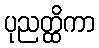
ပုညတ္ထိကာ